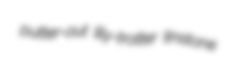
putter-out lily-trotter tinstone